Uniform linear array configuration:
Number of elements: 8
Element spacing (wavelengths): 0.5
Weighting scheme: binomial
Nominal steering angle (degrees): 0
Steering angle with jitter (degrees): -1.808
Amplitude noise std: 0.05
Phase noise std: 0.05

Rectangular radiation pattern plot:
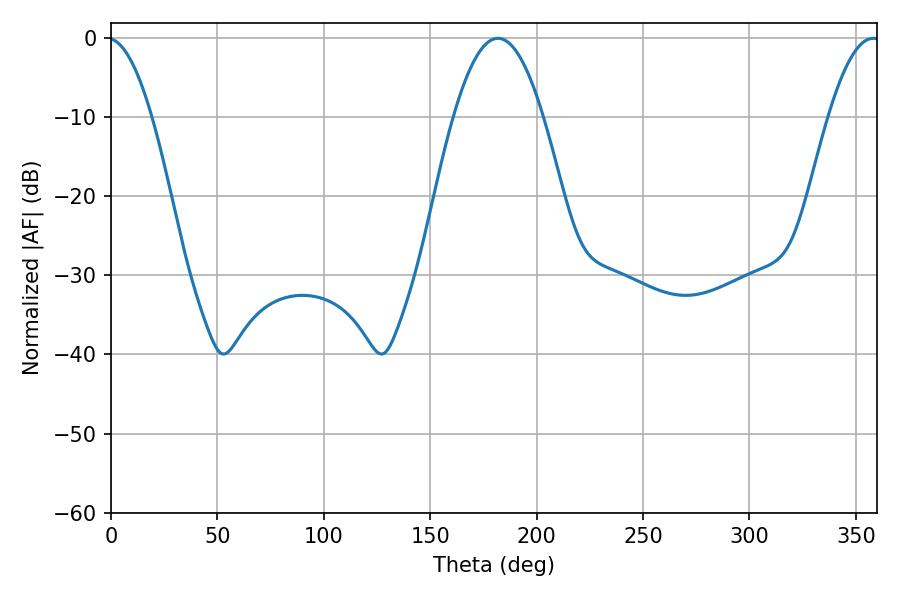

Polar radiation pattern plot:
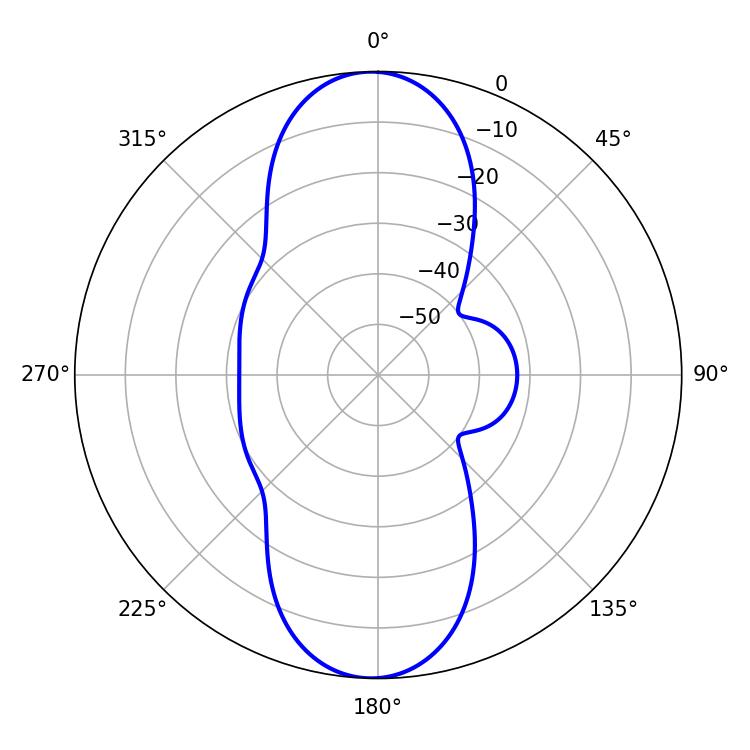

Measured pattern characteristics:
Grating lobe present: FALSE
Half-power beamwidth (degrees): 23.04
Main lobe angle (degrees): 181.8